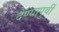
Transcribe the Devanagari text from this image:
देण्यापुर्वी